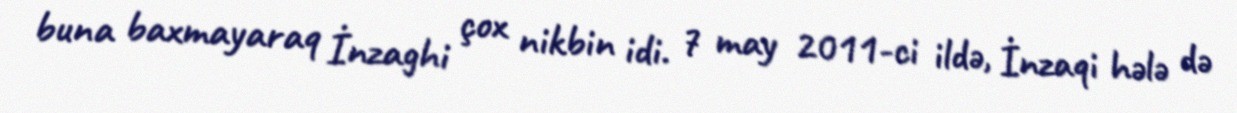
buna baxmayaraq İnzaghi çox nikbin idi. 7 may 2011-ci ildə, İnzaqi hələ də